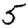
Digit: 5